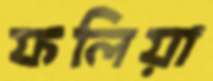
ফলিয়া